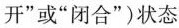
开”或”闭合”)状态.